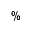
\%